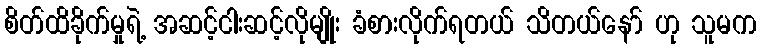
စိတ်ထိခိုက်မှုရဲ့ အဆင့်ငါးဆင့်လိုမျိုး ခံစားလိုက်ရတယ် သိတယ်နော် ဟု သူမက